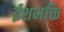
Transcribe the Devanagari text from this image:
ईशभक्ति